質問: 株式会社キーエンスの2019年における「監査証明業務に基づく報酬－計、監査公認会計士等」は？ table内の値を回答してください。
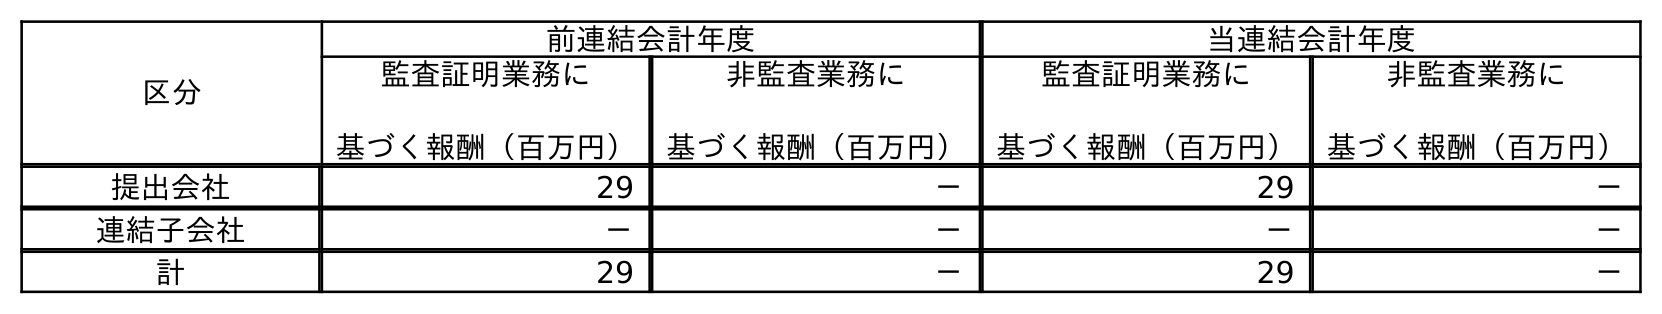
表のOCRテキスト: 区分 前連結会計年度 当連結会計年度 監査証明業務に 基づく報酬（百万円） 非監査業務に 基づく報酬（百万円） 監査証明業務に 基づく報酬（百万円） 非監査業務に 基づく報酬（百万円） 提出会社 29 － 29 － 連結子会社 － － － － 計 29 － 29 －
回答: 29